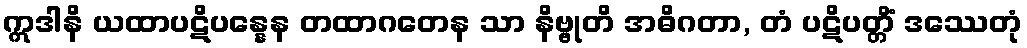
ဣဒါနိ ယထာပဋိပန္နေန တထာဂတေန သာ နိဗ္ဗုတိ အဓိဂတာ, တံ ပဋိပတ္တိံ ဒဿေတုံ